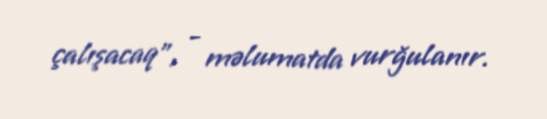
çalışacaq", - məlumatda vurğulanır.